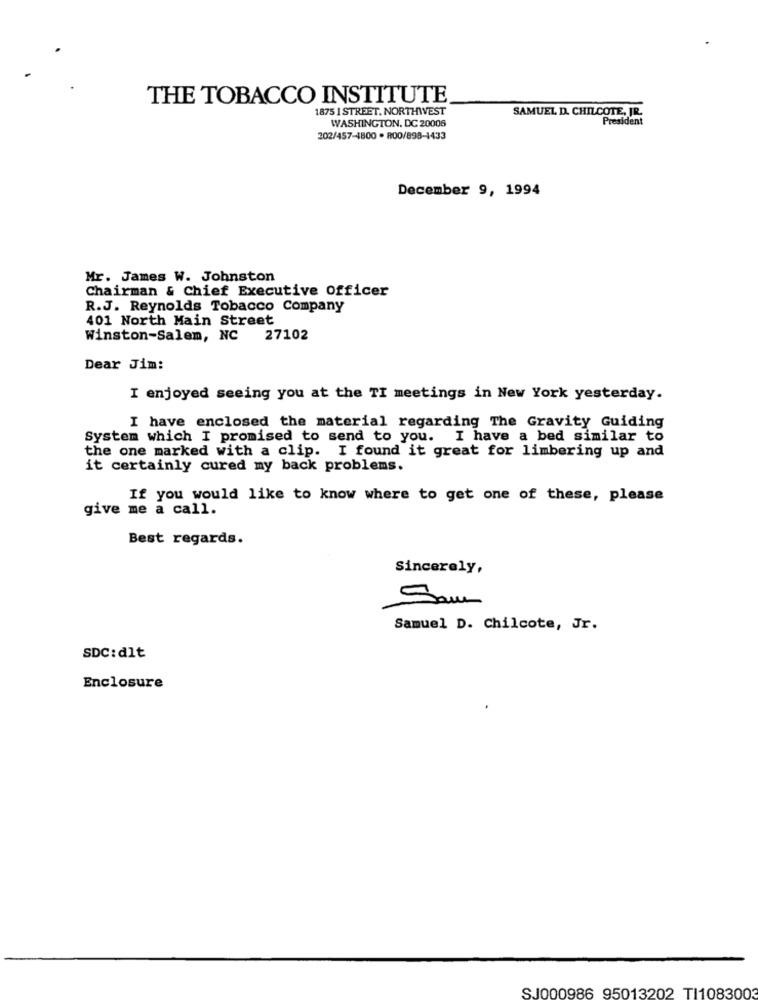
THE TOBACCO INSTITUTE
1875 1 STREET. NORTHWEST
SAMUEL D. CHILCOTE, JR.
WASHINGTON, DC 20008
President
202/457-4800 . R00/898-1433
December 9, 1994
Mr. James W. Johnston
Chairman & Chief Executive Officer
R.J. Reynolds Tobacco Company
401 North Main Street
Winston-Salem, NC
27102
Dear Jim:
I enjoyed seeing you at the TI meetings in New York yesterday.
I have enclosed the material regarding The Gravity Guiding
System which I promised to send to you. I have a bed similar to
the one marked with a clip. I found it great for limbering up and
it certainly cured my back problems.
If you would like to know where to get one of these, please
give me a call.
Best regards.
Sincerely,
Sam
Samuel D. Chilcote, Jr.
SDC:dlt
Enclosure
SJ000986 95013202 TI1083003